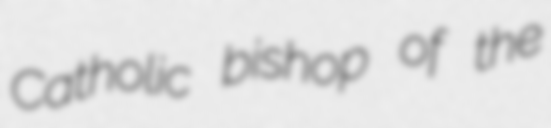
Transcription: Catholic bishop of the